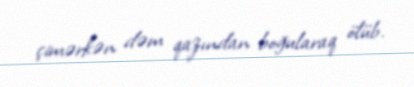
çimərkən dəm qazından boğularaq ölüb.